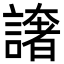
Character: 譇